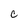
Character: C